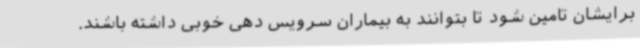
برایشان تامین شود تا بتوانند به بیماران سرویس دهی خوبی داشته باشند.